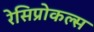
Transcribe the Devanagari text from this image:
रेसिप्रोकल्स